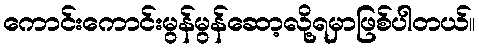
ကောင်းကောင်းမွန်မွန်ဆော့လို့ရမှာဖြစ်ပါတယ်။